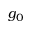
g _ { 0 }